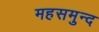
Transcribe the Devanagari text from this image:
महसमुन्द